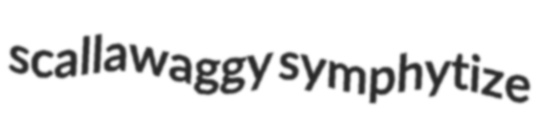
scallawaggy symphytize